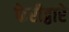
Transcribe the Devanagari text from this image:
फेरीद्वारे